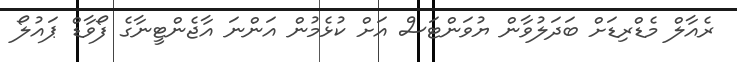
ރެއާލް މެޑްރިޑަށް ބަދަލުވާން ޔުވަންޓަސް އަށް ކުޅެމުން އަންނަ އާޖެންޓީނާގެ ފޯވާޑް ޕައުލޯ